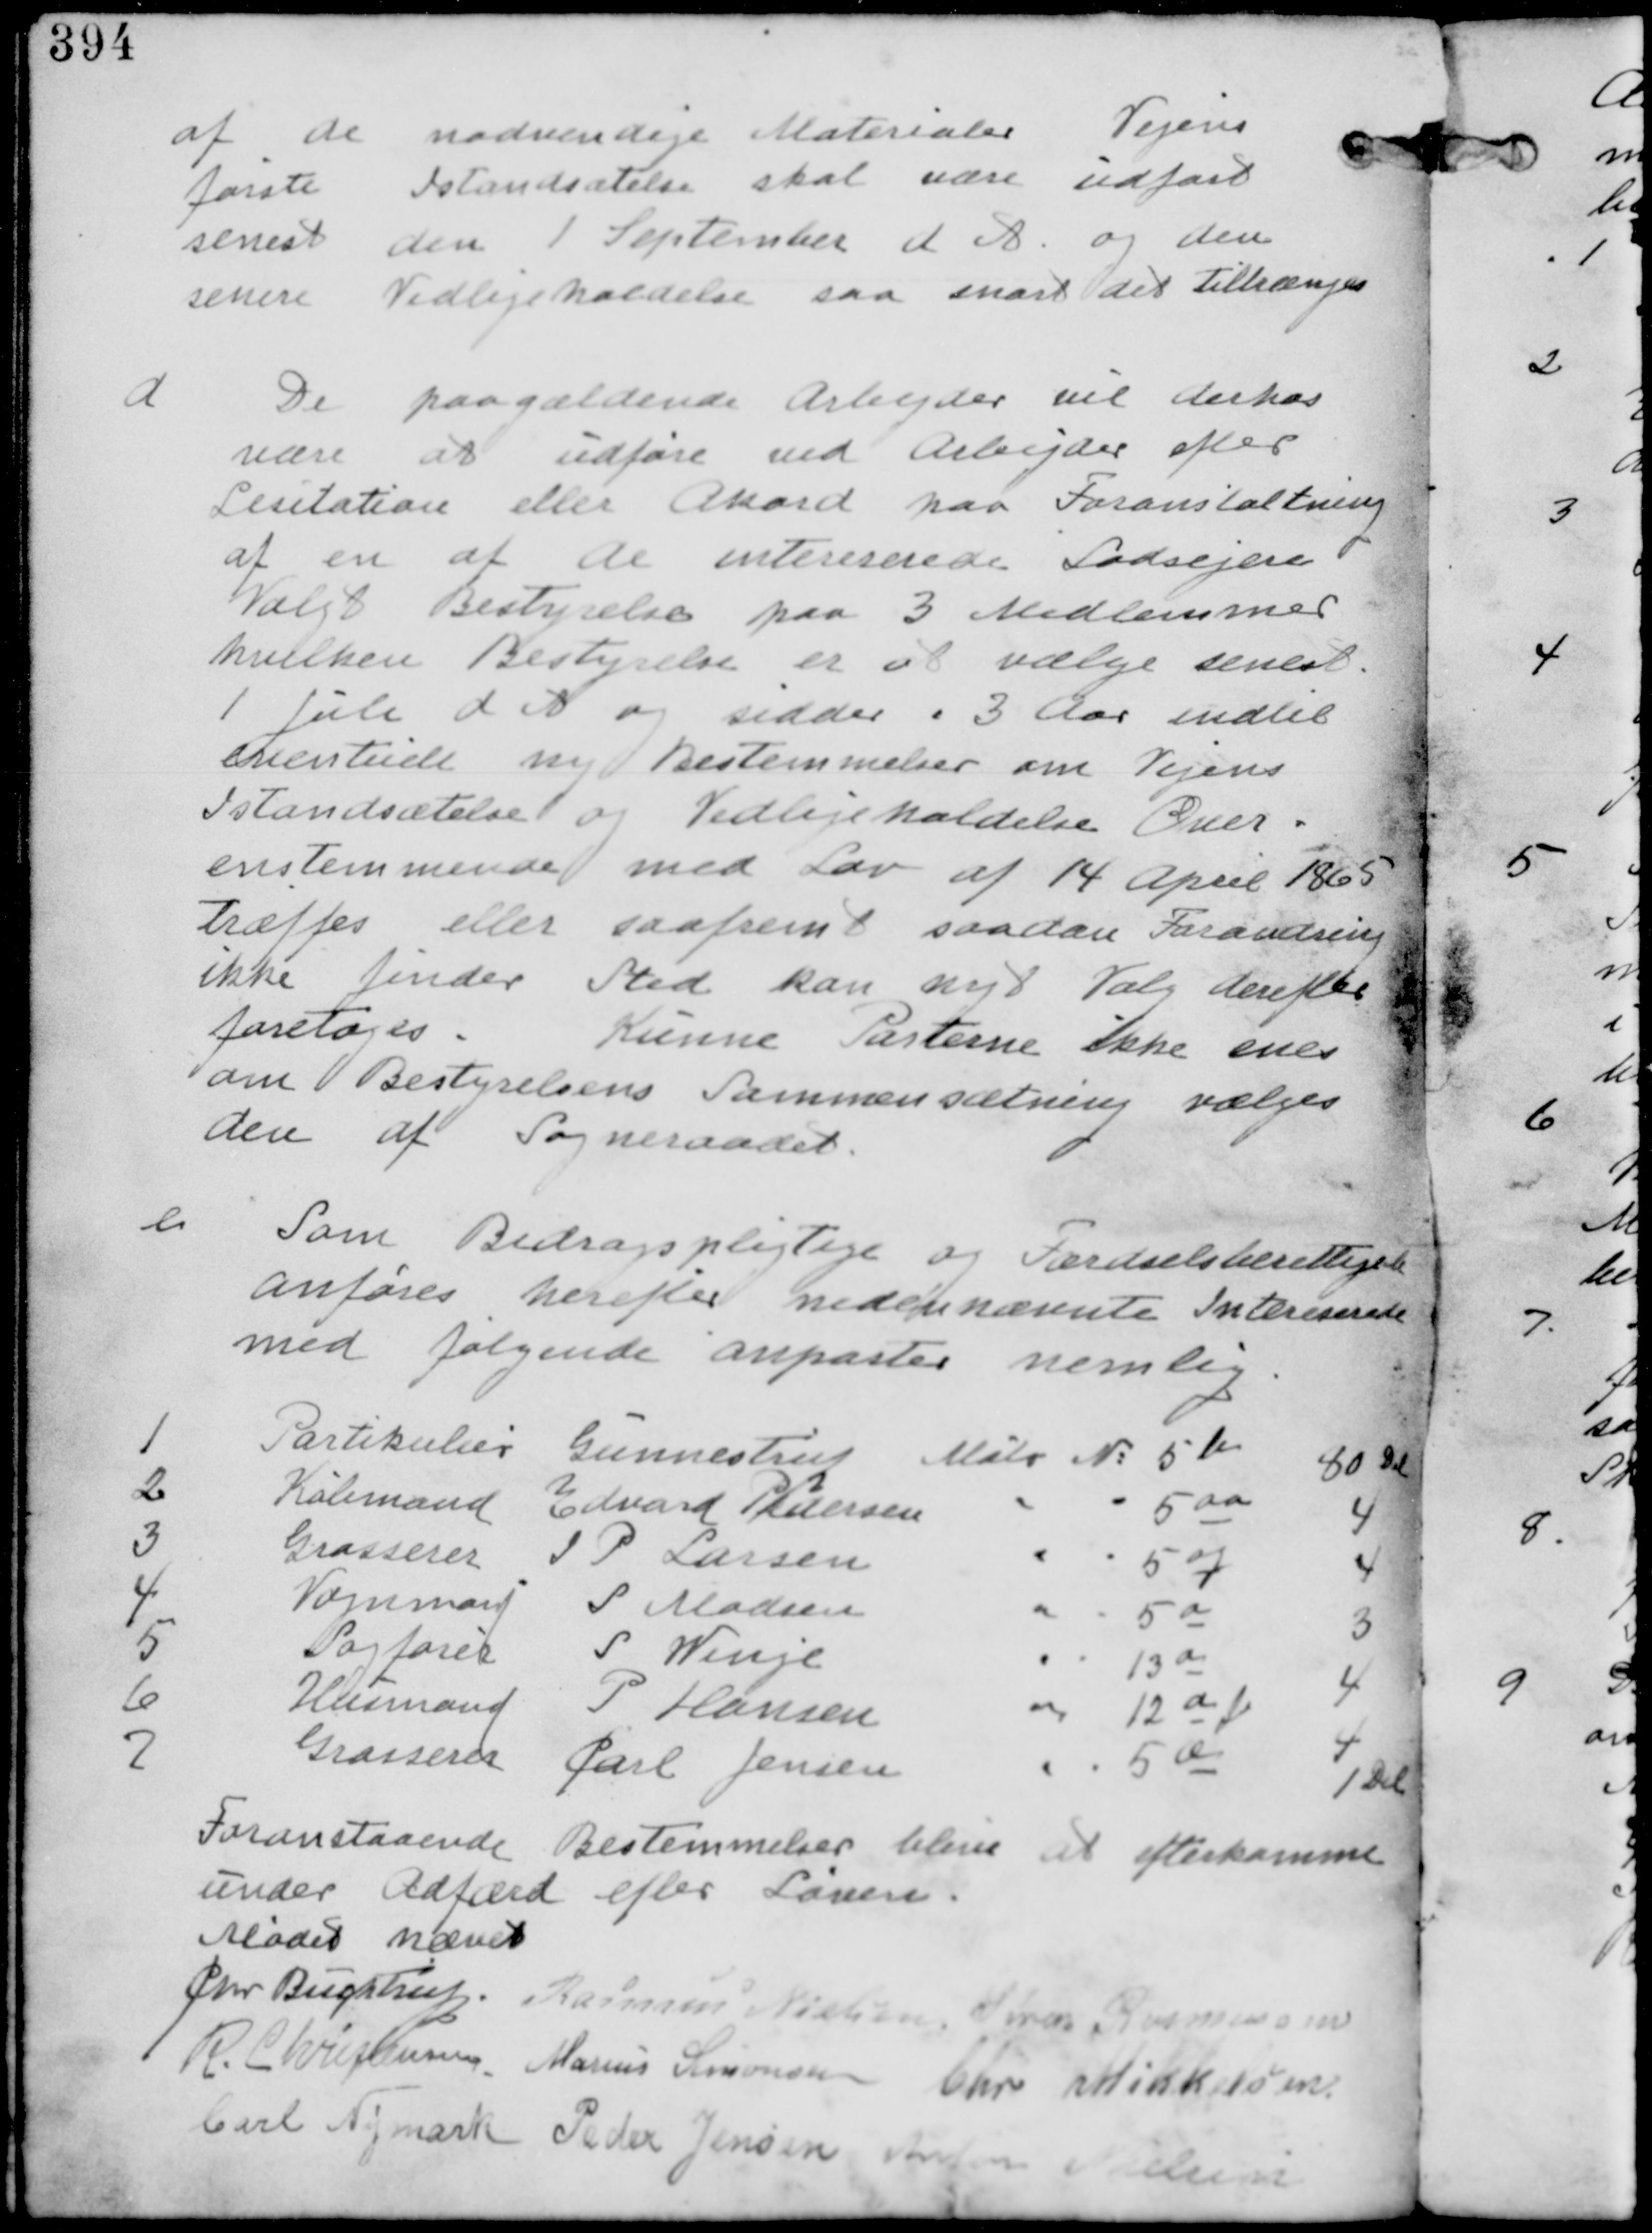
Transskription:
af de nødvendige Materialer. Vejens
Første Istandsættelse skal være udført
senest den 1 September d A. og den
senere Vedligeholdelse saa snart det tiltrænges

d
De paagældende Arbejder vil derhos
være at udføre ved Arbejder efter
Licitation eller Akord paa Foranledning
af en af de intereserede Lodsejere
Valgt Bestyrelse paa 3 Medlemmer
hvilken Bestyrelse er at vælge senest
1 Juli d A. og sidder i 3 Aar indtil
eventuele ny Bestemmelser om Vejens
Istandsættelse og Vedligheholdelse Over-
enstemmende med Lov af 14 April 1865
træffes eller saafremt saadan Forandring
ikke finder Sted kan nyt Valg derefter
foretages. Kunne Parterne ikke enes
om Bestyrelsens Sammensætning vælges
den af Sogneraadet.

e.
Som Bestyrelsespligtige og Færdselsberettiget
anføres herefter nedennævnte Interessenter
med følgende anparter nemlig
1 Partikulier Gunnestrup Matr Nr 5b 80 Del
2 Købmand Edward Petersen Matr Nr 5aa 4
Grosserer I.P. Larsen Matr Nr 5ag 4
Vognmand S Madsen Matr Nr 5a 3
Sagfører S Winge Matr Nr 13a 4
Huusmand P Hansen Matr Nr 12af 4
Grosserer Carl Jensen Matr Nr 5æ 1 Del
Foranstaaende Bestemmelser blive at efterkomme
under Adfærd efter Loven

Mødet hævet
Chr Buchtrup. Rasmus Nielsen Søren Rasmussen
R. Christensen. Marius Simonsen Chr Mikkelsen
Carl Nymark Peder Jensen Anton Nielsen